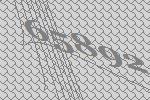
65892